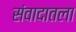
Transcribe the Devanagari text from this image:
संवादातला